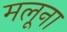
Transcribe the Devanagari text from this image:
मलूना